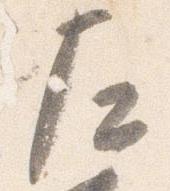
左